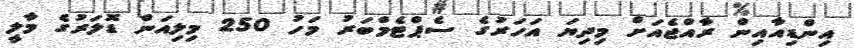
އިންޑިއާއިން ރާއްޖެއަށް މިދިޔަ އަހަރުގެ ސެޕްޓެމްބަރު މަހު 250 މިލިއަން ޑޮލަރުގެ މާލީ